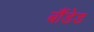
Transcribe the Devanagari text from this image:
बौंडेड